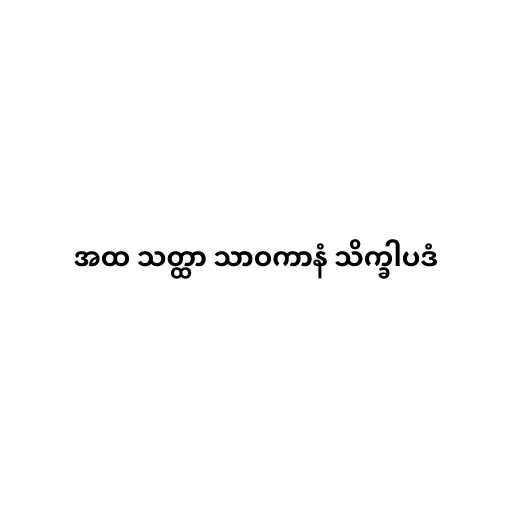
အထ သတ္ထာ သာဝကာနံ သိက္ခါပဒံ